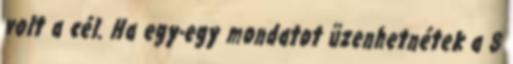
volt a cél. Ha egy-egy mondatot üzenhetnétek a 8